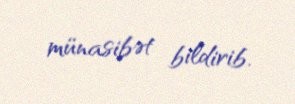
münasibət bildirib.